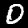
Digit: 0